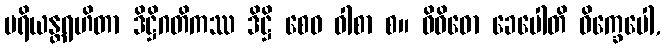
ပရိယန္တရဟိတာ ဒိဋ္ဌိဂတိကဿ ဒိဋ္ဌိ စေဝ ဝါစာ စ။ ဝိဝိဓော ခေပေါတိ ဝိက္ခေပေါ,